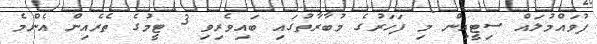
ފުވައްމުލައް ސިޓީއިން މި ފަހަރުގެ މުބާރާތުގައި ބައިވެރިވި 3 ޓީމުގެ ތެރެއިން އެންމެ